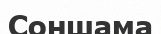
Соншама